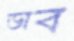
ডাব